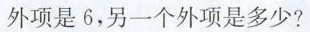
外项是6，另一个外项是多少?